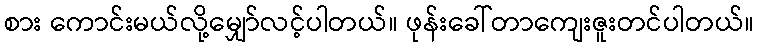
စား ကောင်းမယ်လို့မျှော်လင့်ပါတယ်။ ဖုန်းခေါ်တာကျေးဇူးတင်ပါတယ်။